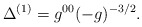
\begin{align*}\Delta^{(1)} = g^{00}(-g)^{-3/2}.\end{align*}